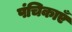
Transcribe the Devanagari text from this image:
पंचिकाएँ